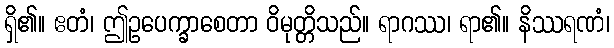
ရှိ၏။ ဧတံ၊ ဤဥပေက္ခာစေတာ ဝိမုတ္တိသည်။ ရာဂဿ၊ ရာ၏။ နိဿရဏံ၊